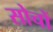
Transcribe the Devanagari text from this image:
सोचों